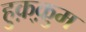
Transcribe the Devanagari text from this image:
हुक़्क़ुम